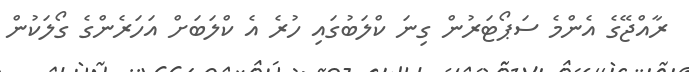
ރާއްޖޭގެ އެންމެ ސަޕޯޓަރުން ގިނަ ކްލަބުގައި ހުރެ އެ ކްލަބަށް އަހަރެންގެ ގޯލަކުން